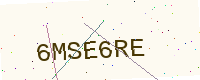
Text: 6MSE6RE